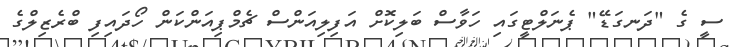
ސީ ގެ "ދަނގަޑޭ" ޕެނަލްޓީގައި ހަވާސް ބަލިކޮށް އަފިލިއަންސް ޗެމްޕިއަންކަން ހޯދައިފި ބްރެޒިލްގެ